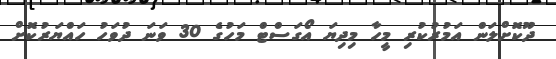
ދޫކޮށްލަން އަމުރުކުރި މީހާ މިދިޔަ އޯގަސްޓް މަހުގެ 30 ވަނަ ދުވަހު ހައްޔަރުކޮށް